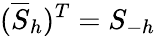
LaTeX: (\overline{{S}}_{h})^{T}=S_{-h}